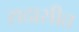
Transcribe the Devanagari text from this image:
सदासीत